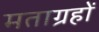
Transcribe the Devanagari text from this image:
मताग्रहों